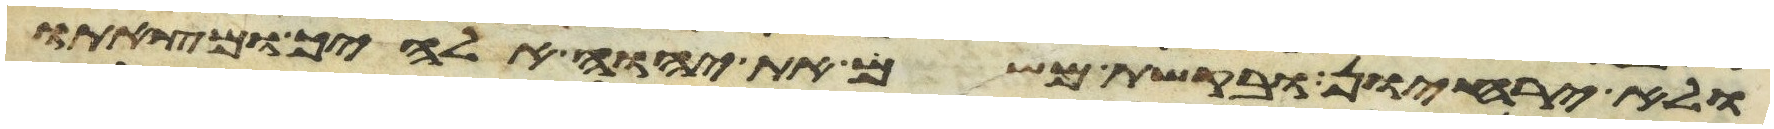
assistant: ולא יריחון ובקשת משם את יהוה אלהיך ומצאתו